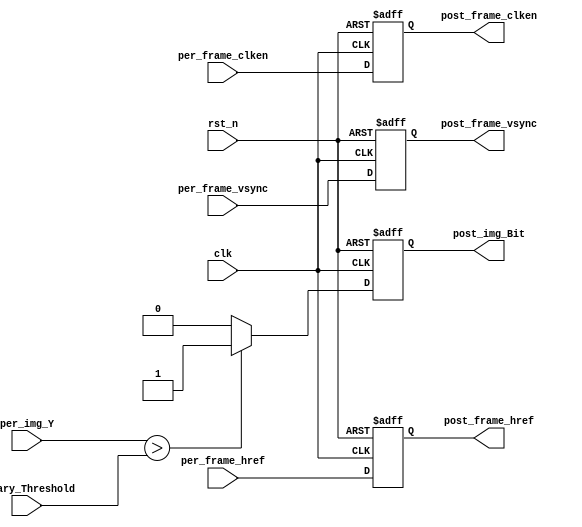

module binarization(
    input               clk            ,   // 
    input               rst_n          ,    // 

	input				per_frame_vsync,
	input				per_frame_href ,	
	input				per_frame_clken,
	input		[7:0]	per_img_Y  ,

	output	reg 		post_frame_vsync,	
	output	reg 		post_frame_href ,	
	output	reg 		post_frame_clken,	
	output	reg 		post_img_Bit  ,		

	input		[7:0]	Binary_Threshold
);

parameter	cb_low  = 8'h4d,		//77
				cb_high = 8'h7f,		//127
				cr_low  = 8'h85,		//133 
				cr_high = 8'had;		//173


//
always @(posedge clk or negedge rst_n) begin
    if(!rst_n)
        post_img_Bit <= 1'b0;
    else begin
		if(per_img_Y > Binary_Threshold)    //
		//if((per_img_Y[15:8]>cb_low && per_img_Y[15:8]<cb_high 
		//		&& per_img_Y[7:0]>cr_low 
		//				&& per_img_Y[7:0]<cr_high)
		//						&&(post_frame_clken==1'b1))
			post_img_Bit <= 1'b1;
		else
			post_img_Bit <= 1'b0;
	end
end


always@(posedge clk or negedge rst_n) begin
    if(!rst_n) begin
        post_frame_vsync <= 1'd0;
        post_frame_href  <= 1'd0;
        post_frame_clken <= 1'd0;
    end
    else begin
        post_frame_vsync <= per_frame_vsync;
        post_frame_href  <= per_frame_href ;
        post_frame_clken <= per_frame_clken;
    end
end

endmodule